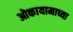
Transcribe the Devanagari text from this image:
ओकायामाच्या